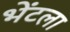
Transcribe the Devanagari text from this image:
भेंटला